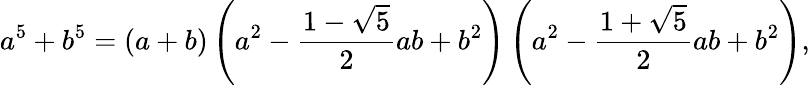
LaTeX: a^{5}+b^{5}=(a+b)\left(a^{2}-{\frac{1-{\sqrt{5}}}{2}}ab+b^{2}\right)\left(a^{2}-{\frac{1+{\sqrt{5}}}{2}}ab+b^{2}\right),